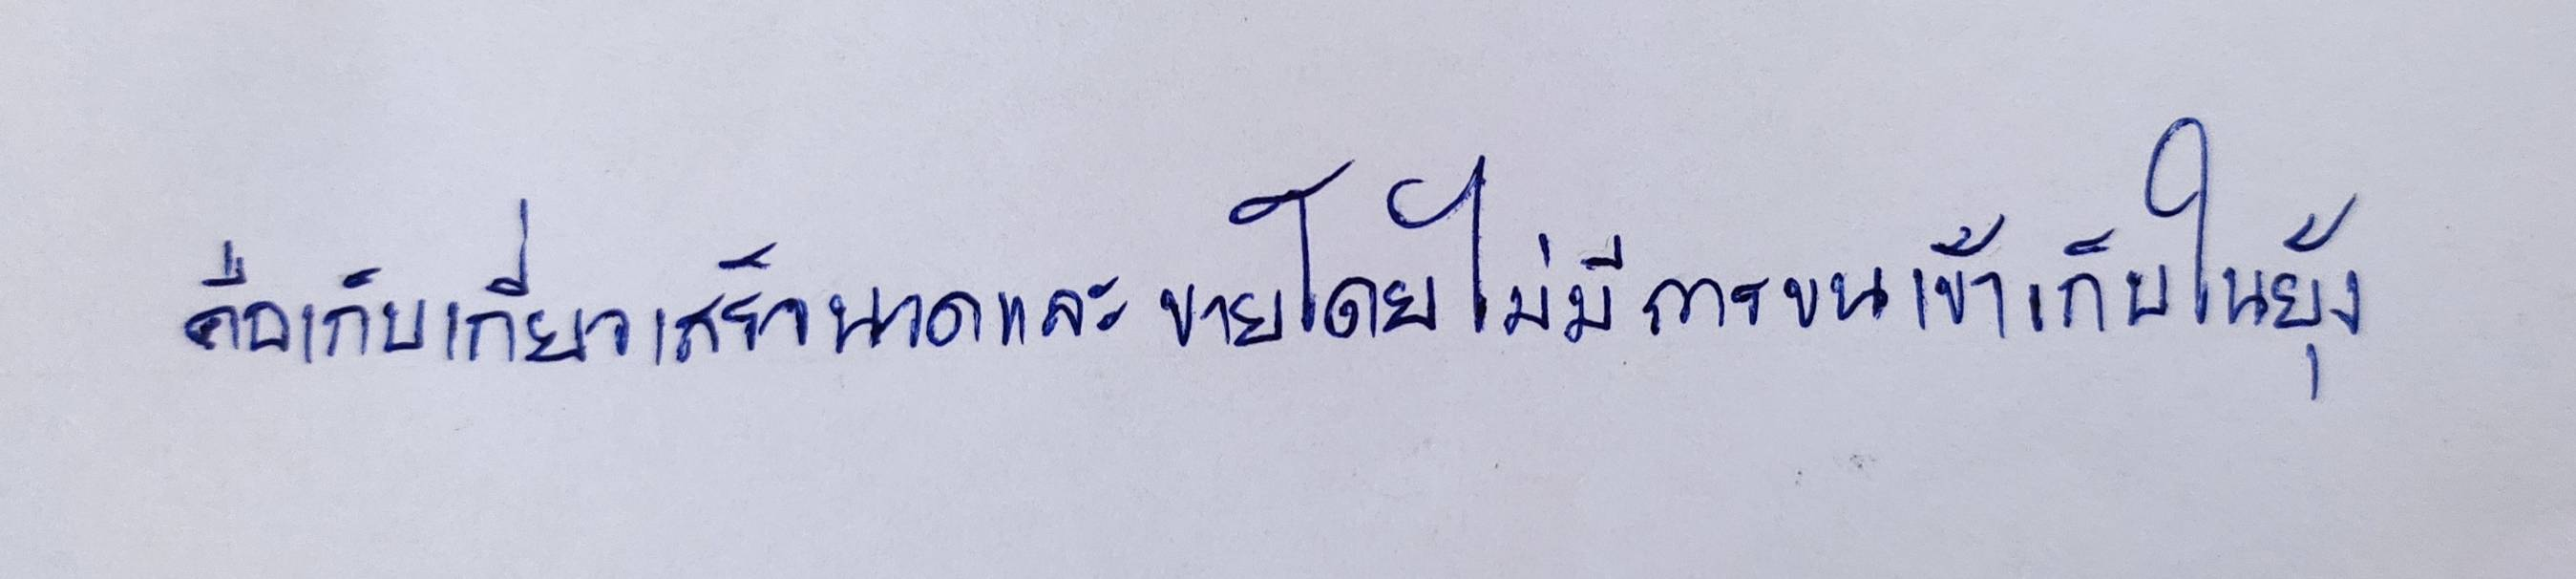
คือเก็บเกี่ยวเสร็จนวดและขายโดยไม่มีการขนเข้าเก็บในยุ้ง